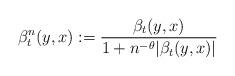
LaTeX: \begin{align*}\beta_t^n(y, x):=\frac{\beta_t(y, x)}{1+n^{-\theta}|\beta_t(y, x)|} \end{align*}